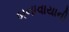
બનાવાયાની